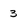
Character: 3